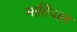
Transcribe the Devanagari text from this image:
मार्तियाल